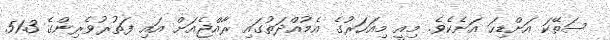
ސަތޭކަ އަށްޑިހަ އަށެކެވެ. މިއީ މިއަހަރުގެ އެމުއްދަތުގައި ރާއްޖެއަށް އައި ފަތުރުވެރިންގެ 51.3